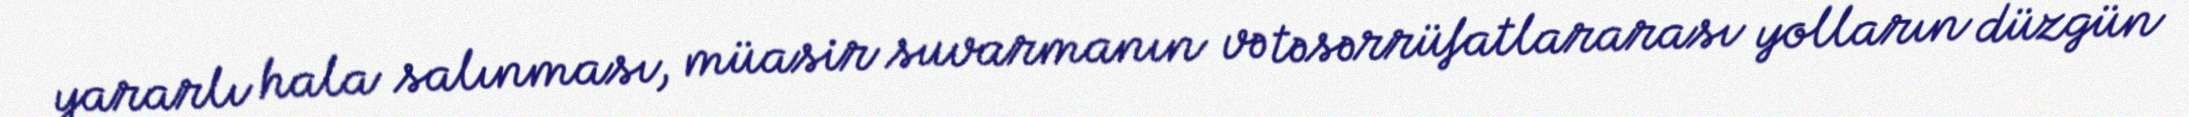
yararlı hala salınması, müasir suvarmanın və təsərrüfatlararası yolların düzgün